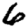
Digit: 6